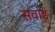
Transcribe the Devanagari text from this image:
सर्वाङ्गं